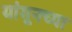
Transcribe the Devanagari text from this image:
यांगूनच्या